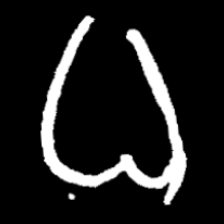
Pyu character \u2014 Myanmar letter: ဓ (romanized: dha)